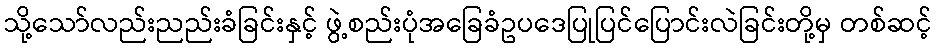
သို့သော်လည်းညည်းခံခြင်းနှင့် ဖွဲ့စည်းပုံအခြေခံဥပဒေပြုပြင်ပြောင်းလဲခြင်းတို့မှ တစ်ဆင့်